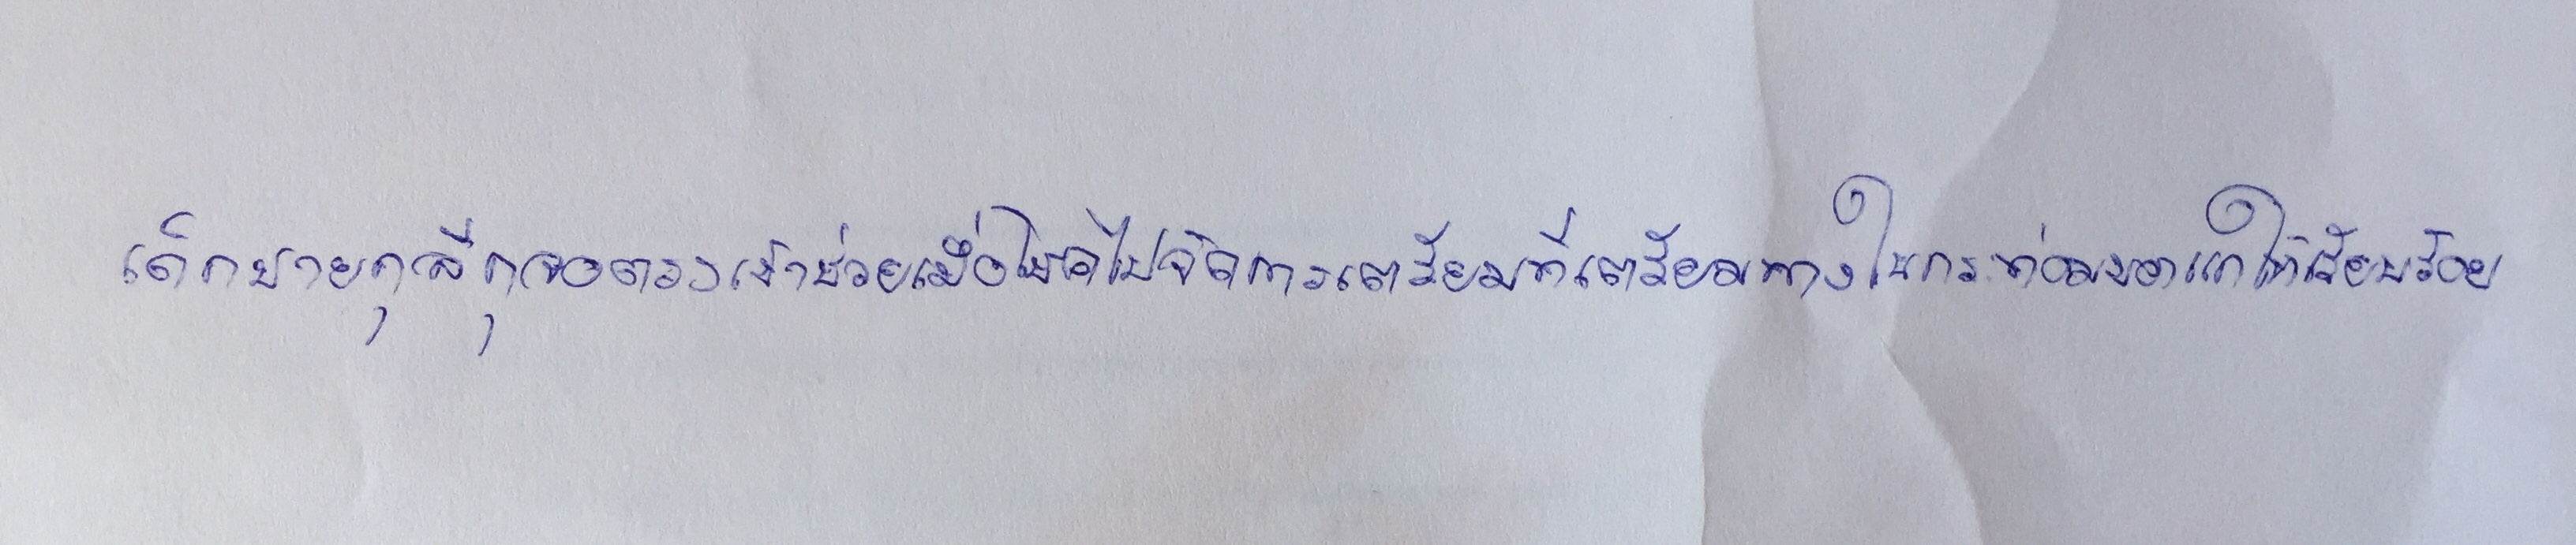
เด็กชายกุลีกุจอตรงเข้าช่วยเมื่อโชคไปจัดการเตรียมที่เตรียมทางในกระท่อมของแกให้เรียบร้อย